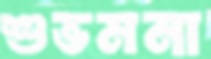
শুভমনা